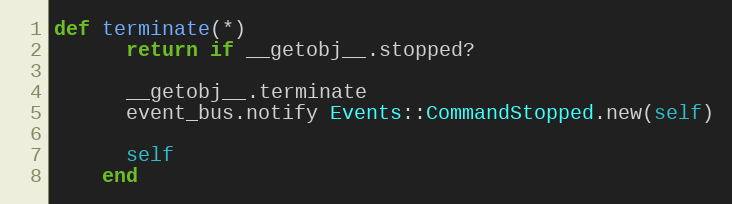
Language: Ruby
def terminate(*)
      return if __getobj__.stopped?

      __getobj__.terminate
      event_bus.notify Events::CommandStopped.new(self)

      self
    end